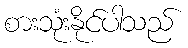
စားသုံးနိုင်ပါသည်